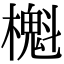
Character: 櫆